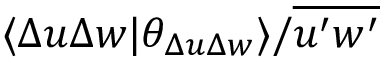
\langle \Delta u \Delta w \vert \theta _ { \Delta u \Delta w } \rangle / \overline { { u ^ { \prime } w ^ { \prime } } }